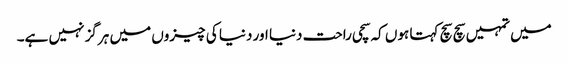
میں تمہیں سچ سچ کہتا ہوں کہ سچی راحت دنیا اور دنیا کی چیزوں میں ہرگز نہیں ہے۔